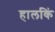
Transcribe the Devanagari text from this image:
हालकिं